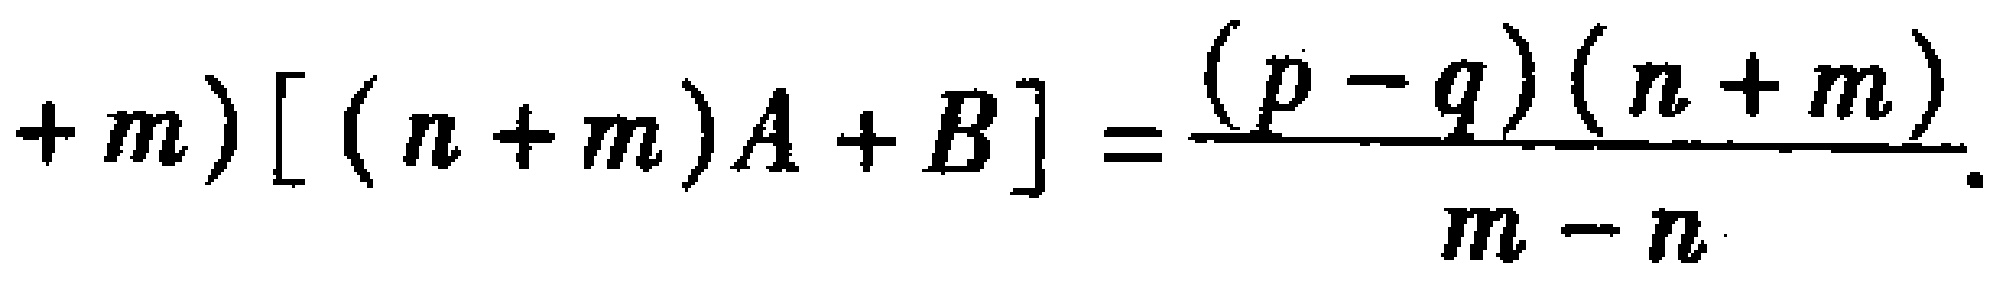
\((n + m)[(n + m)A + B] = \frac{(p - q)(n + m)}{m - n}.\)